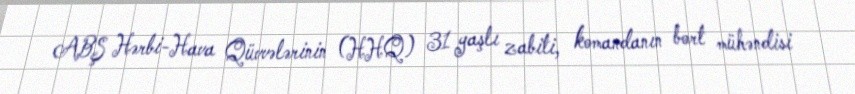
ABŞ Hərbi-Hava Qüvvələrinin (HHQ) 31 yaşlı zabiti, komandanın bort mühəndisi